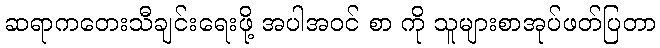
ဆရာကတေးသီချင်းရေးဖို့ အပါအဝင် စာ ကို သူများစာအုပ်ဖတ်ပြတာ